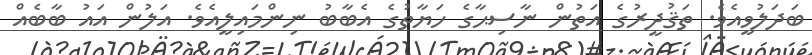
ބަދަލުވީއެވެ. ތަޤުދީރުގެ އަތުން ނާސިޙާގެ ހަޔާތުގެ އެބާބު ނިންމައިލީއެވެ. އަލުން އައު ބާބެއް